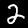
Label: 2